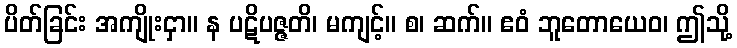
ပိတ်ခြင်း အကျိုးငှာ။ န ပဋိပဇ္ဇတိ၊ မကျင့်။ စ၊ ဆက်။ ဧဝံ ဘူတောယေဝ၊ ဤသို့